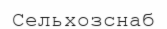
Сельхозснаб